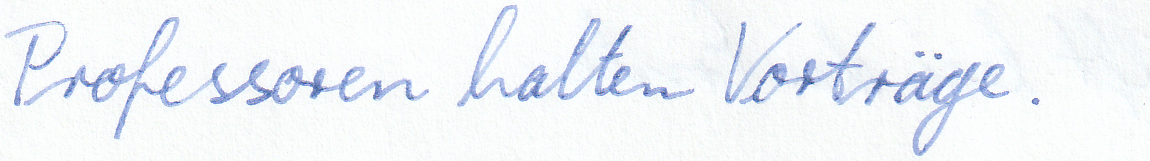
Professoren halten Vorträge.